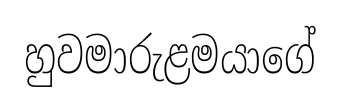
හුවමාරුළමයාගේ